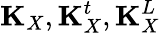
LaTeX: \mathbf{K}_{X},\mathbf{K}_{X}^{t},\mathbf{K}_{X}^{L}